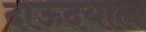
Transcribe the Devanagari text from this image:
दाऊदयाल